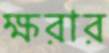
ক্ষরার